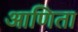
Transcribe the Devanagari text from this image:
आणिता